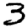
Digit: 3